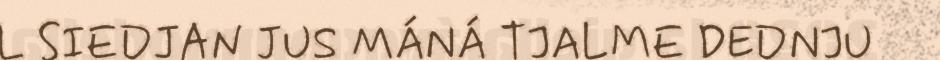
L SIEDJAN JUS MÁNÁ TJALME DEDNJU